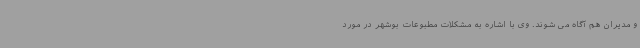
و مدیران هم آگاه می شوند. وی با اشاره به مشکلات مطبوعات بوشهر در مورد